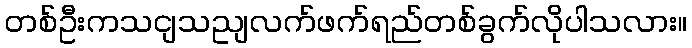
တစ်ဦးကသငျသညျလက်ဖက်ရည်တစ်ခွက်လိုပါသလား။